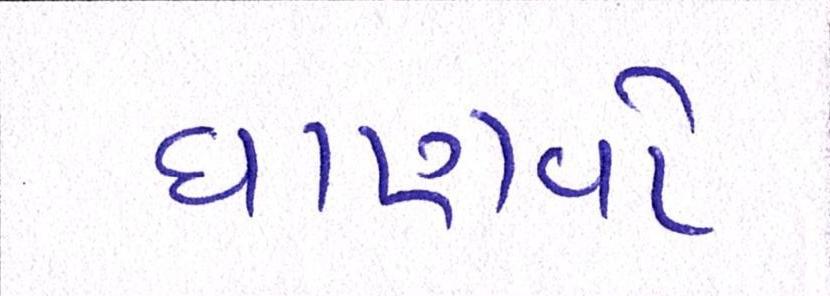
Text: ઘાણવો